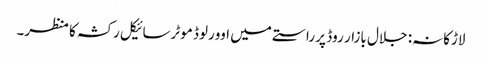
لاڑکانہ: جلال بازار روڈ پر راستے میں اوورلوڈ موٹرسائیکل رکشہ کا منظر۔